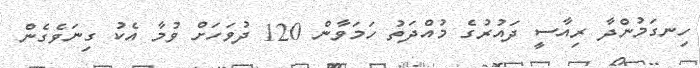
ހިނގަމުންދާ ރިއާސީ ދައުރުގެ މުއްދަތު ހަމަވާން 120 ދުވަހަށް ވުމާ އެކު ގިނަވެގެން